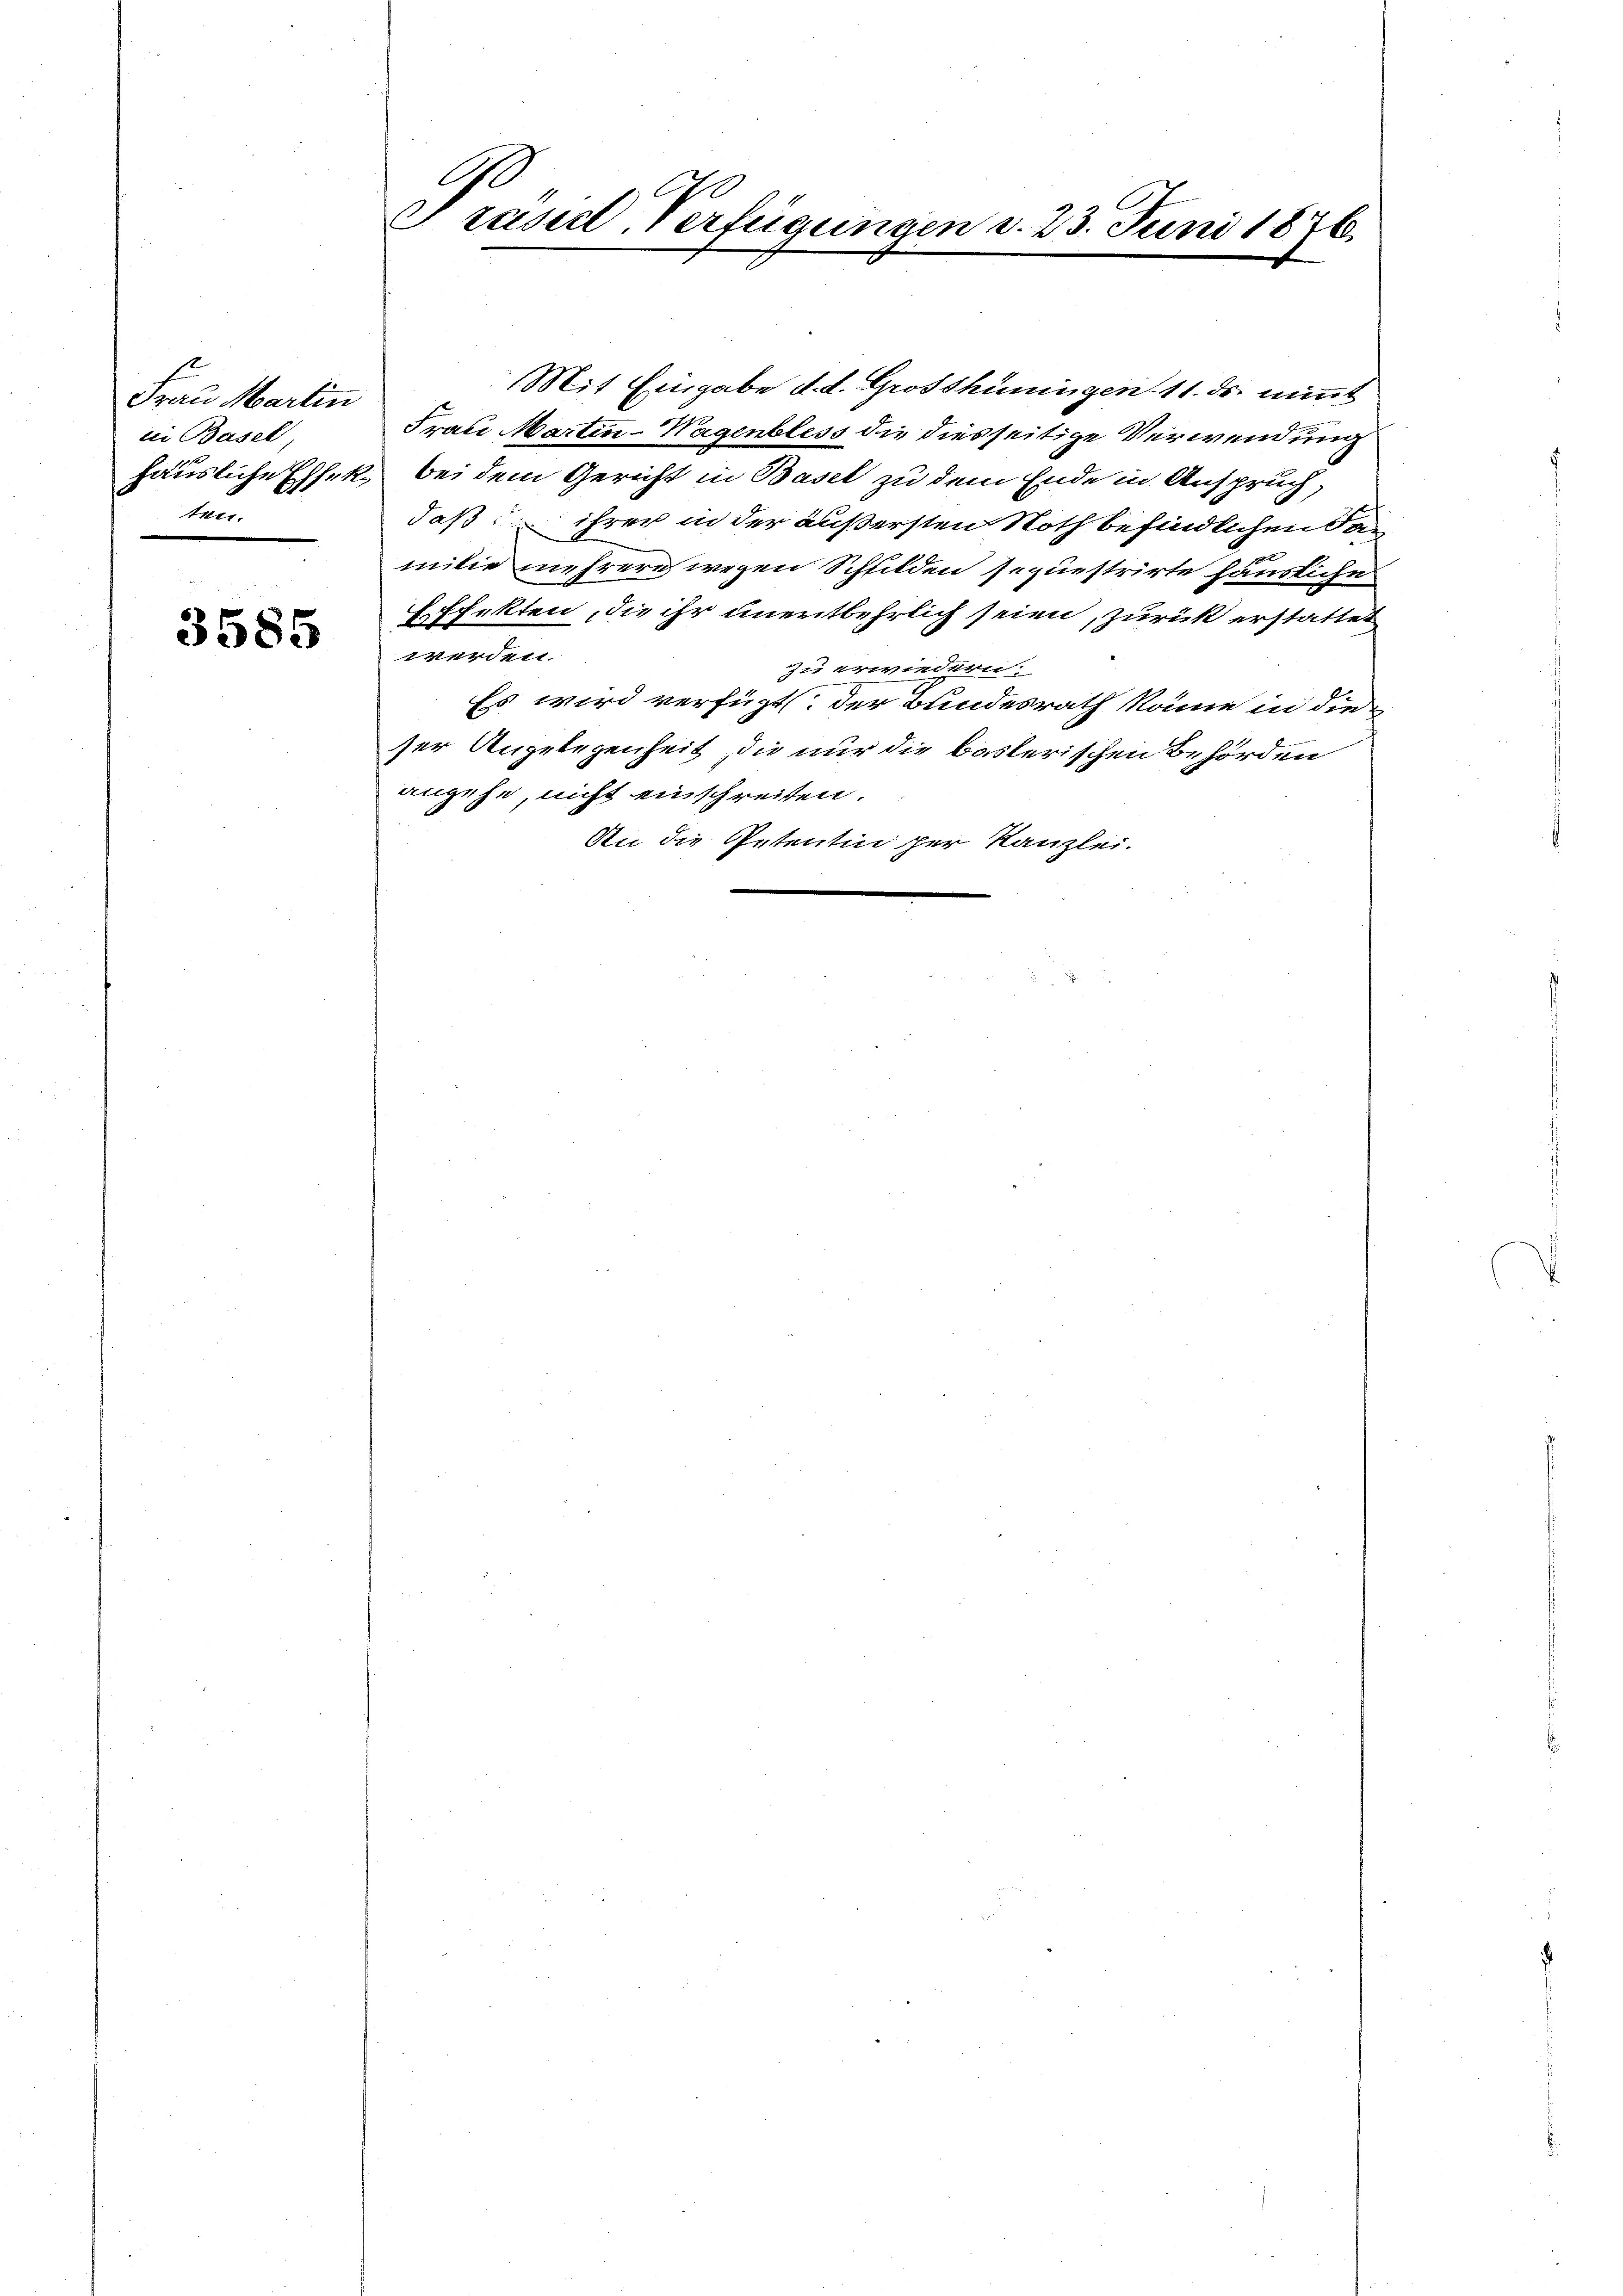
Frau Martin
tei Basel
ae

3585

Frasil-Verfügungen d. 23. Juni 1876.

Mit Eingabe d. d. Grosshüningen 11. ds. nimmt
Frau Martin-Wagenbless die diesseitige Verwendung
häusliche Effek, bei dem Gericht in Basel zu dem Ende in Anspruch,
daß ihrer in der äußersten Noth befindlichen San
milie mehrere wegen Schilden sequestrirte häusliche
Effekten, die ihr unentbehrlich seien, zurück erstattet
werden.
zu erwiedern.
Es wird verfügt. Der Bundesrath könne in dieser Angelegenheit, die nur die baslerischen Behörden
angehe, nicht einschreiten.
An die Petentin per Kanzlei.